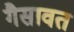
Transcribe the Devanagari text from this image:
गैसावत